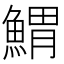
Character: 𩹂